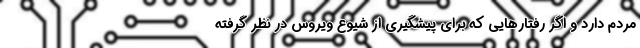
مردم دارد و اگر رفتارهایی که برای پیشگیری از شیوع ویروس در نظر گرفته